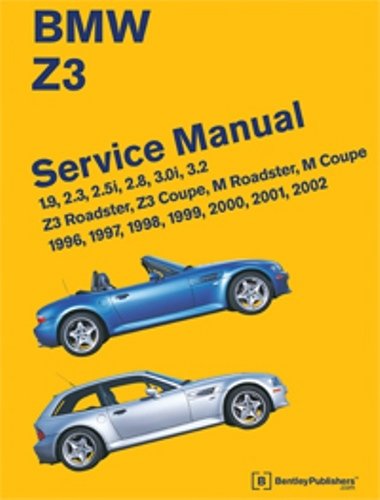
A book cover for BMW Z3 Service Manual: 1996, 1997, 1998, 1999, 2000, 2001, 2002; Bentley Publishers; Engineering & Transportation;